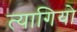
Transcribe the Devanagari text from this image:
त्‍यागियो